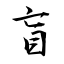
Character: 盲